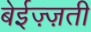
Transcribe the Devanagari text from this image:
बेईज़्ज़ती